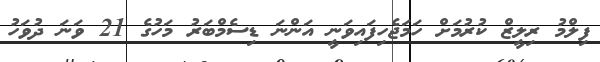
ފިލްމު ރިލީޒް ކުރުމަށް ހަމަޖެހިފައިވަނީ އަންނަ ޑިސެމްބަރު މަހުގެ 21 ވަނަ ދުވަހު